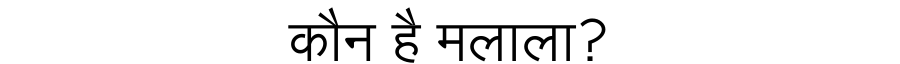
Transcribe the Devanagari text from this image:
कौन है मलाला?